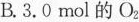
B.3.0mol的O_{2}